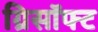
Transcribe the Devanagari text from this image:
ग्रिसॉफ्‍ट